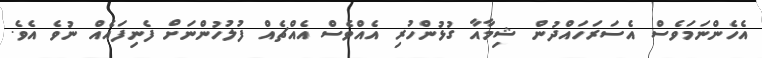
އެހެންނަމަވެސް އެސަރަހައްދުން ޝިމާއާ ގުޅުންހުރި އެއްވެސް އެއްޗެއް ފުލުހުންނަށް ފެނިފައެއް ނުވެ އެވެ.